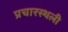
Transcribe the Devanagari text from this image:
प्रचारस्‍थली